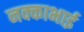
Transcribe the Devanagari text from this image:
नक्काभाई